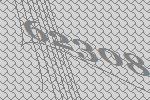
62308